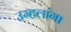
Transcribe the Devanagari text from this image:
उम्हलांगा